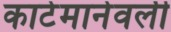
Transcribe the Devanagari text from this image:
काटेमानेवली